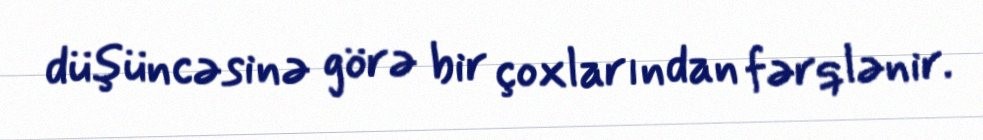
düşüncəsinə görə bir çoxlarından fərqlənir.